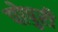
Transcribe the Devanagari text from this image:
पोपुरी